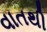
વાતથી